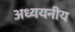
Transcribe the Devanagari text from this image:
अध्ययनीय